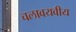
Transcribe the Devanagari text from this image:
चलावयवीय